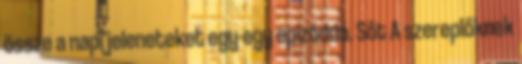
össze a napi jeleneteket egy-egy epizóddá. Sőt A szereplőknek